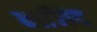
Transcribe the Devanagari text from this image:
बाजिद